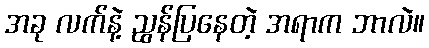
အခု လက်နဲ့ ညွန်ပြနေတဲ့ အရာက ဘာလဲ။